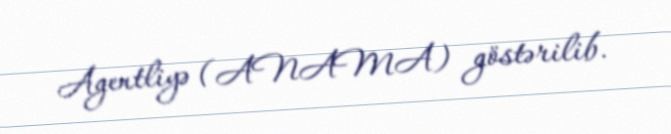
Agentliyə (ANAMA) göstərilib.